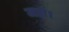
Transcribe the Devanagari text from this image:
जहां।